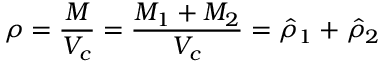
\small \rho = \frac { M } { V _ { c } } = \frac { M _ { 1 } + M _ { 2 } } { V _ { c } } = \hat { \rho } _ { 1 } + \hat { \rho } _ { 2 }